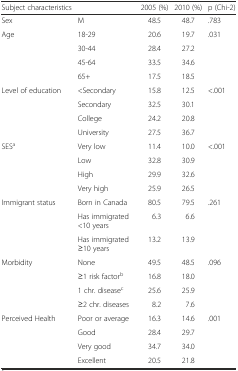
<table><thead><tr><td><b>Subject characteristics</b></td><td></td><td><b>2005 (%)</b></td><td><b>2010 (%)</b></td><td><b>p (Chi-2)</b></td></tr></thead><tbody><tr><td>Sex</td><td>M</td><td>48.5</td><td>48.7</td><td>.783</td></tr><tr><td rowspan="4">Age</td><td>18-29</td><td>20.6</td><td>19.7</td><td>.031</td></tr><tr><td>30-44</td><td>28.4</td><td>27.2</td><td></td></tr><tr><td>45-64</td><td>33.5</td><td>34.6</td><td></td></tr><tr><td>65+</td><td>17.5</td><td>18.5</td><td></td></tr><tr><td rowspan="4">Level of education</td><td>&lt;Secondary</td><td>15.8</td><td>12.5</td><td>&lt;.001</td></tr><tr><td>Secondary</td><td>32.5</td><td>30.1</td><td></td></tr><tr><td>College</td><td>24.2</td><td>20.8</td><td></td></tr><tr><td>University</td><td>27.5</td><td>36.7</td><td></td></tr><tr><td rowspan="4">SES<sup>a</sup></td><td>Very low</td><td>11.4</td><td>10.0</td><td>&lt;.001</td></tr><tr><td>Low</td><td>32.8</td><td>30.9</td><td></td></tr><tr><td>High</td><td>29.9</td><td>32.6</td><td></td></tr><tr><td>Very high</td><td>25.9</td><td>26.5</td><td></td></tr><tr><td rowspan="3">Immigrant status</td><td>Born in Canada</td><td>80.5</td><td>79.5</td><td>.261</td></tr><tr><td>Has immigrated &lt;10 years</td><td>6.3</td><td>6.6</td><td></td></tr><tr><td>Has immigrated ≥10 years</td><td>13.2</td><td>13.9</td><td></td></tr><tr><td rowspan="4">Morbidity</td><td>None</td><td>49.5</td><td>48.5</td><td>.096</td></tr><tr><td>≥1 risk factor<sup>b</sup></td><td>16.8</td><td>18.0</td><td></td></tr><tr><td>1 chr. disease<sup>c</sup></td><td>25.6</td><td>25.9</td><td></td></tr><tr><td>≥2 chr. diseases</td><td>8.2</td><td>7.6</td><td></td></tr><tr><td rowspan="4">Perceived Health</td><td>Poor or average</td><td>16.3</td><td>14.6</td><td>.001</td></tr><tr><td>Good</td><td>28.4</td><td>29.7</td><td></td></tr><tr><td>Very good</td><td>34.7</td><td>34.0</td><td></td></tr><tr><td>Excellent</td><td>20.5</td><td>21.8</td><td></td></tr></tbody></table>